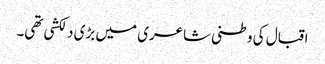
اقبال کی وطنی شاعری میں بڑی دلکشی تھی۔